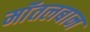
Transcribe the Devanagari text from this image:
मॉंतलबान